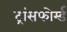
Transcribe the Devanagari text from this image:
ट्रांसफोर्म्ड